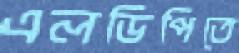
এলডিপিতে